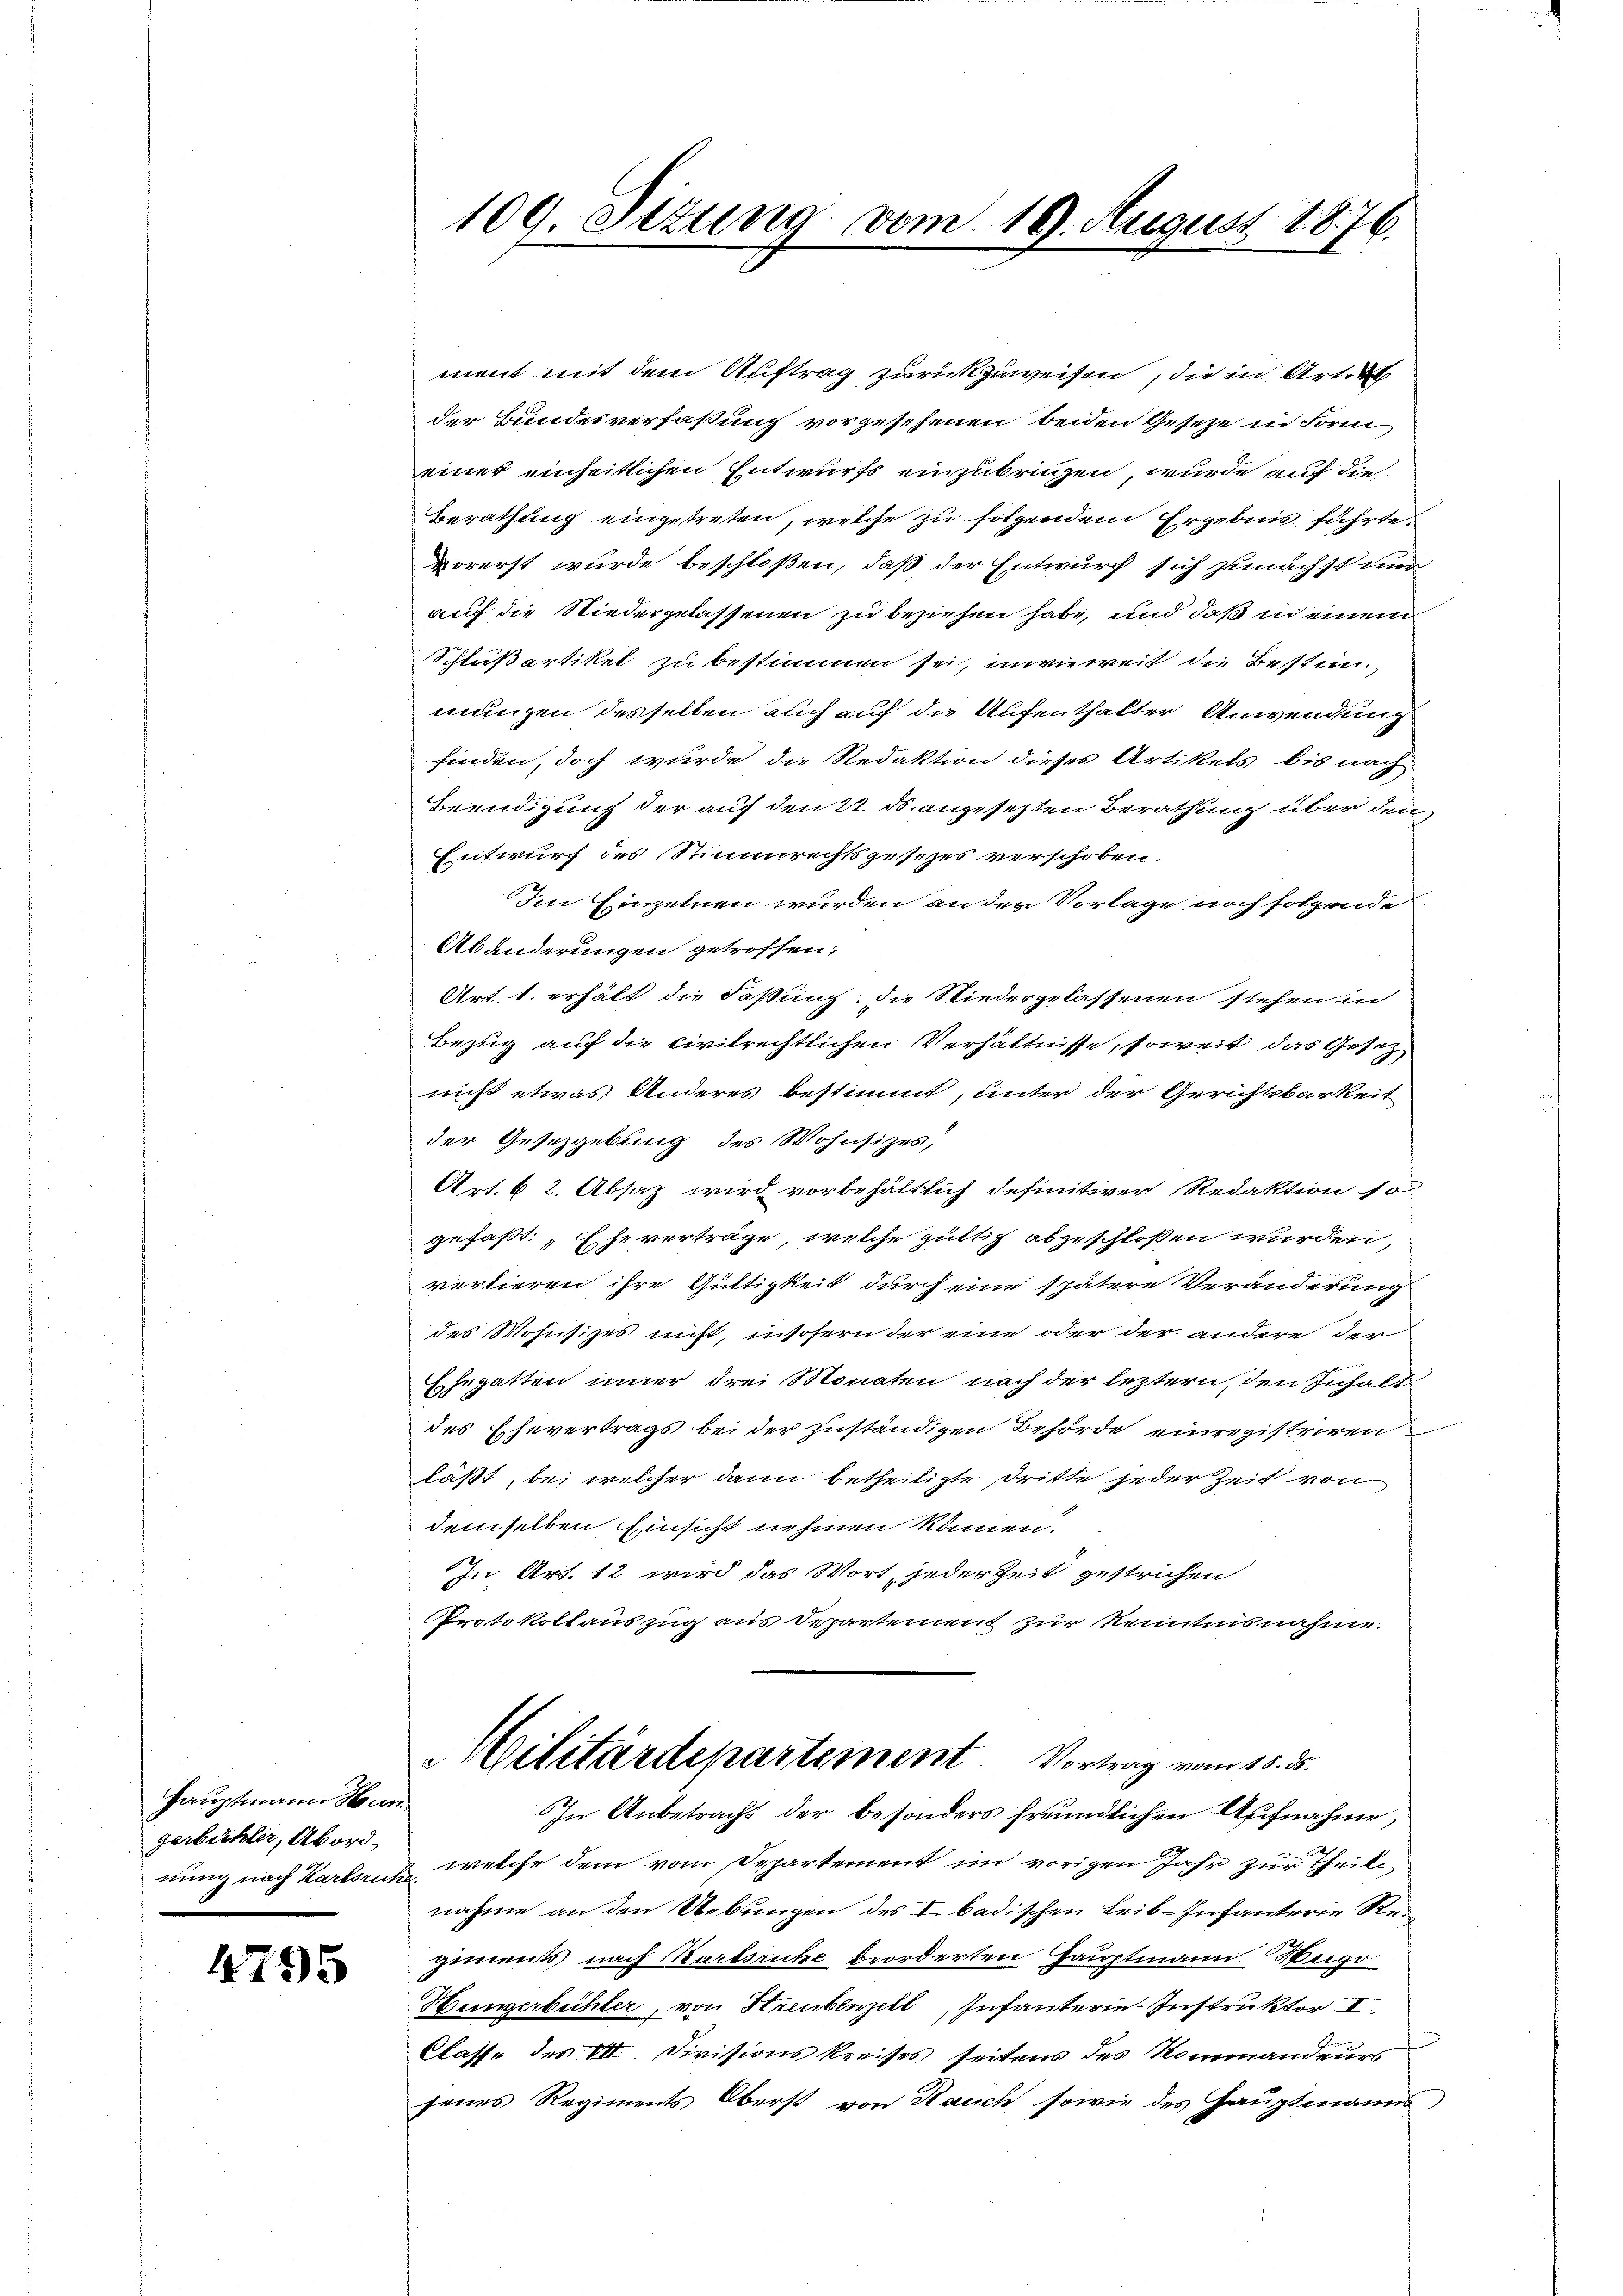
Hauptmann Hangerbühler, Abord-

4795

ment mit dem Auftrag zurückzuweisen, die in Artil
der Bundesverfaßung vorgesehenen beiden Gesetze in Form
einer einheitlichen Entwurfs einzubringen, wurde auf die
Berathung eingetreten, welche zu folgendem Ergebnis führte.
vorerst wurde beschloßen, daß der Entwurf sich zunächst nur
auf die Niedergelassenen zu beziehen habe, und daß in einem
Schlußartikel zu bestimmen sei, inwieweit die Bestim
mungen desselben auch auf die Aufenthalter Anwendung
finden, doch wurde die Redaktion dieses Artikels bis nach
Beendigung der auf den 22. ds. angesetzten Berathung über den
Entwurf des Stimmrechtsgesezes verschoben.
Im Einzelnen wurden an der Vorlage noch folgende
Abänderungen getroffen;
Art. 1. erhält die Faßung; die Niedergelassenen stehen in
Bezug auf die civilrechtlichen Verhältnisse, soweit das Gesetz
nicht etwas Anderes bestimmt, unter der Gerichtsbarkeit
der Gesetzgebung des Wohnsitzes,
Art. 6 2. Absaz wird vorbehältlich definitiver Redaktion so
gefaßt: „Eheverträge, welche gültig abgeschlossen wurden,
vertieren ihre Gültigkeit durch eine spätere Veränderung
des Wohnsizes nicht, insofern der eine oder der andere der
Ehegatten inner drei Monaten nach der leztern, den Inhalt
des Ehevertrags bei der zuständigen Behörde einregistriren
läßt, bei welcher dann betheiligte Dritte jeder Zeit von
demselben Einsicht nehmen können.
In Art. 12 wird das Wort, jeder Zeit gestrichen.
Protokollauszug aus Departement zur Kenntnisnahme.

nung nach Karlsruh, welche dem vom Departement im vorigen Jahr zur Theilnahme an den Uebungen des I. badischen Leib-Infanterie Regements nach Hartsrücke beorderten Hauptmann Weige
Hungerbühler, von Streubenzell, Infanterie-Instruktor I
Classe des III. Divisions kreises seitens des Kommandeurs
jenes Regiments Oberst von Rauch sowie des Hauptmanns

109. Sezung vom 19. August 1876.

Militärdepartement. Vortrag vom 18. ds.
In Anbetracht der besonders freundlichen Aufnahme,